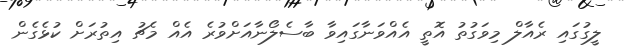
ލީގުގައި ރެއާލް މިވަގުތު އޮތީ އެއްވަނާގައިވާ ބާސެލޯނާއަށްވުރެ އެއް މެޗު އިތުރަށް ކުޅެގެން